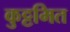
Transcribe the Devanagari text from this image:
कुट्टमित